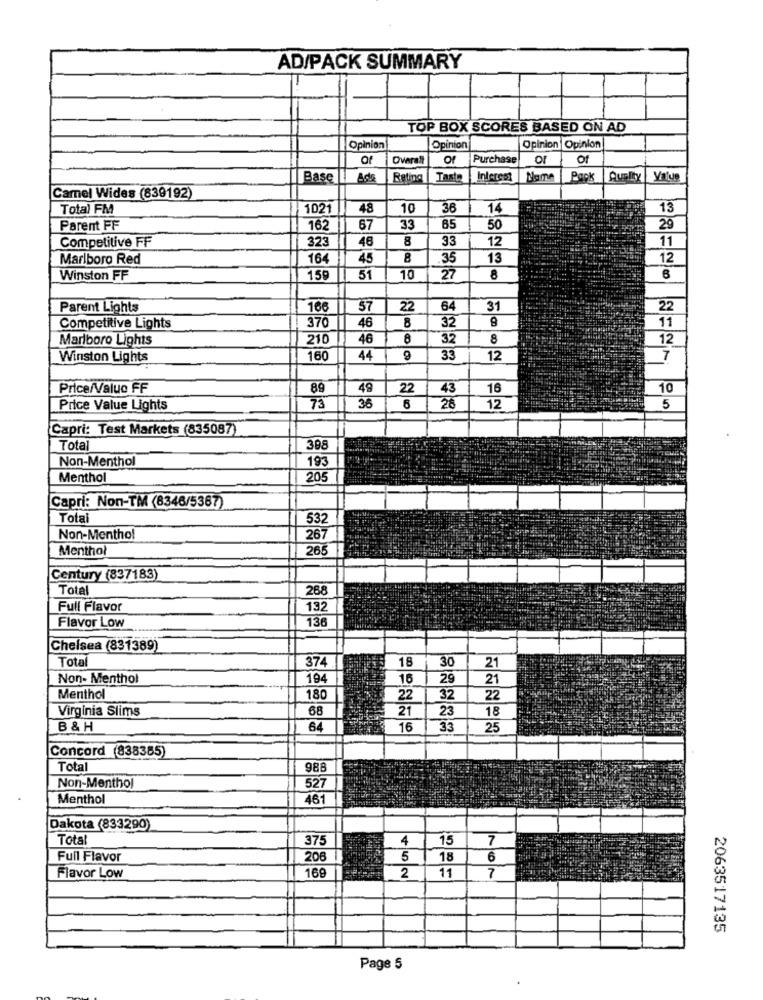
AD/PACK SUMMARY
TOP BOX SCORES BASED ON AD
Opinion
Opinion
Opinion Opinion
Of
Overall
O
Purchase
OF
Of
Base
Ade
Rating
Tasto
Interest
Pack
Quality Value
Camel Wides (839192)
Total FM
1021
48
10
36
14
13
Parent FF
16
67
33
65
50
29
Competitive FF
323
46
8
33
11
12
Marlboro Red
164
45
8
35
13
12
Winston FF
159
51
10
27
8
6
Parent Lights
166
57
22
64
31
22
370
9
11
Competitive Lights
46
8
32
Marlboro Lights
210
46
8
32
8
12
Winston Lights
160
44
9
33
12
7
Price/Value FF
89
49
22
43
16
10
Price Value Lights
73
36
8
26
12
5
Capri: Test Markets (835087)
Total
308
193
Non-Menthol
Menthol
205
Capri: Non-TM (8346/5367)
Total
532
Non-Menthol
267
Menthol
265
Century (837183)
Total
268
Full Flavor
132
136
Flavor Low
Chelsea (831389)
Tota
374
18
30
21
Non- Menthol
194
16
29
21
Menthol
180
22
32
22
Virginia Slims
68
21
23
18
B & H
64
16
33
25
Concord (838385)
Total
988
Non-Menthol
527
Menthol
461
Dakota (833290)
Total
375
4
15
7
Full Flavor
206
5
18
6
169
Flavor Low
2
11
7
2063517135
Page 5